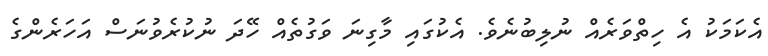
އެކަމަކު އެ ހިތްވަރެއް ނުލިބުނެވެ. އެކުގައި މާގިނަ ވަގުތެއް ހޭދަ ނުކުރެވުނަސް އަހަރެންގެ